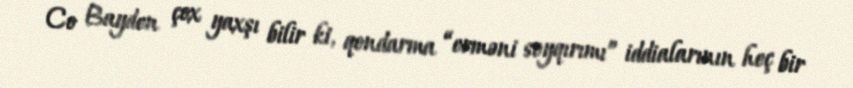
Co Bayden çox yaxşı bilir ki, qondarma “erməni soyqırımı” iddialarının heç bir